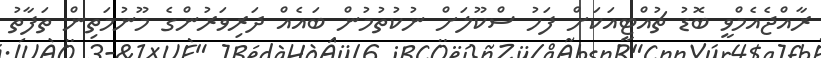
ރާއްޖެއެމްވީ ބޮޑު ޗުއްޓީއަކަށް ފަހު ސްކޫލަށް ނުކުތުމުން ބައެއް ދަރިވަރުންގެ މޫނުމަތިން ތަފާތު